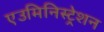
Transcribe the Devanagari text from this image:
एउमिनिस्ट्रेशन